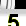
Digit: 5